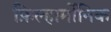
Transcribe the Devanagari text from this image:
फ़िल्हार्मोनिक